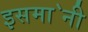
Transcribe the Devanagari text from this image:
इसमा॓नी